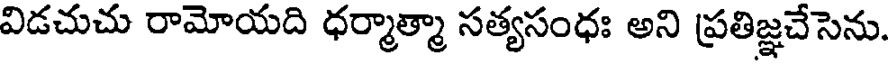
విడచుచు రామోయది ధర్మాత్మా సత్యసంధః అని ప్రతిజ్ఞచేసెను.